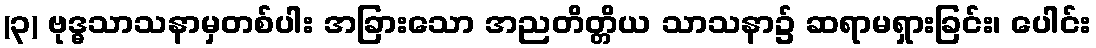
(၃) ဗုဒ္ဓသာသနာမှတစ်ပါး အခြားသော အညတိတ္တိယ သာသနာ၌ ဆရာမရှားခြင်း၊ ပေါင်း